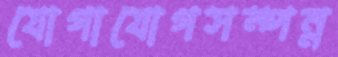
যোগাযোগসম্পন্ন